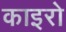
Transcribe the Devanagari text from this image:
काइरो